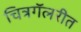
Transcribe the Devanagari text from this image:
चित्रगॅलरीत